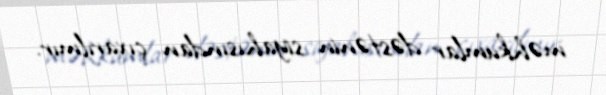
məhkumlar dəstənin siyahısından çıxarılmır.